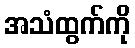
အသံထွက်ကို